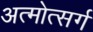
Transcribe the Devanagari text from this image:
अत्मोत्सर्ग